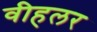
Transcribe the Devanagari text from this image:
वीहलर